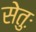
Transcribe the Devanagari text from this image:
सेतुः